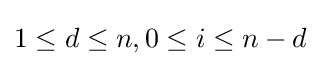
1\leq d\leq n,0\leq i\leq n-d